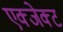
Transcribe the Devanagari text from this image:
एक्जेक्ट